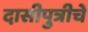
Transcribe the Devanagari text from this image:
दासीपुत्रीचे